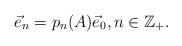
LaTeX: \begin{align*}\vec e_n = p_n(A) \vec e_0,n\in\mathbb{Z}_+.\end{align*}